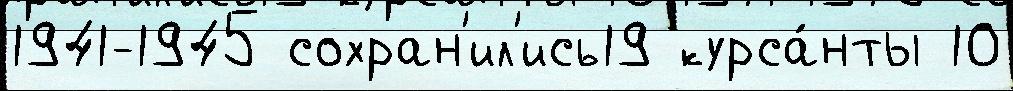
1941-1945 сохран'ил'ись19 курса́нты 10